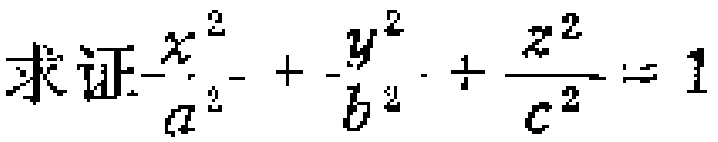
求证\(\frac{x^{2}}{a^{2}}+\frac{y^{2}}{b^{2}}+\frac{z^{2}}{c^{2}} = 1\)